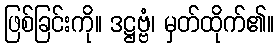
ဖြစ်ခြင်းကို။ ဒဋ္ဌဗ္ဗံ၊ မှတ်ထိုက်၏။